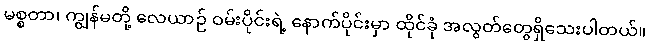
မစ္စတာ၊ ကျွန်မတို့ လေယာဉ် ဝမ်းပိုင်းရဲ့ နောက်ပိုင်းမှာ ထိုင်ခုံ အလွတ်တွေရှိသေးပါတယ်။